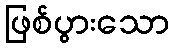
ဖြစ်ပွားသော